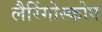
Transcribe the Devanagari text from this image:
लैरिंगोस्कोप